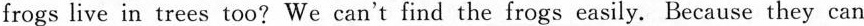
frogs live in trees too? We can't find the frogs easily. Because they can